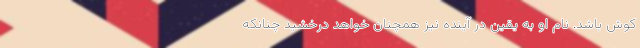
کوش باشد. نام او به یقین در آینده نیز همچنان خواهد درخشید چنانکه